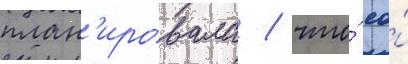
план'ировала / что́ ео́